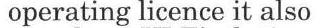
operating licence it also